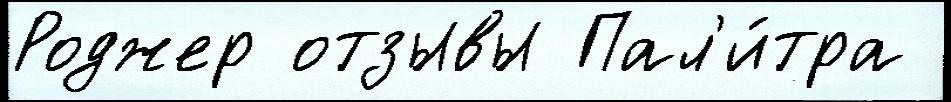
Роджер отзывы Пал'и́тра